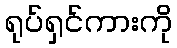
ရုပ်ရှင်ကားကို